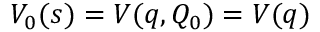
V _ { 0 } ( s ) = V ( q , Q _ { 0 } ) = V ( q )